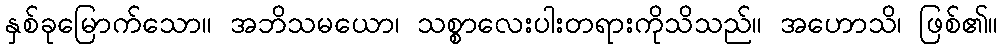
နှစ်ခုမြောက်သော။ အဘိသမယော၊ သစ္စာလေးပါးတရားကိုသိသည်။ အဟောသိ၊ ဖြစ်၏။